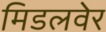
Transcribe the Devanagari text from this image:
मिडलवेर